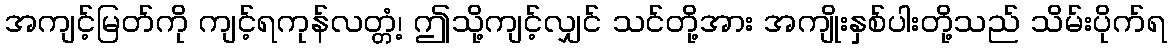
အကျင့်မြတ်ကို ကျင့်ရကုန်လတ္တံ့၊ ဤသို့ကျင့်လျှင် သင်တို့အား အကျိုးနှစ်ပါးတို့သည် သိမ်းပိုက်ရ